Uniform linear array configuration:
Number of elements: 4
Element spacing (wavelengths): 1
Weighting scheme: hann
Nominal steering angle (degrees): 0
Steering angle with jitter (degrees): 1.1
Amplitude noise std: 0.05
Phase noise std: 0.05

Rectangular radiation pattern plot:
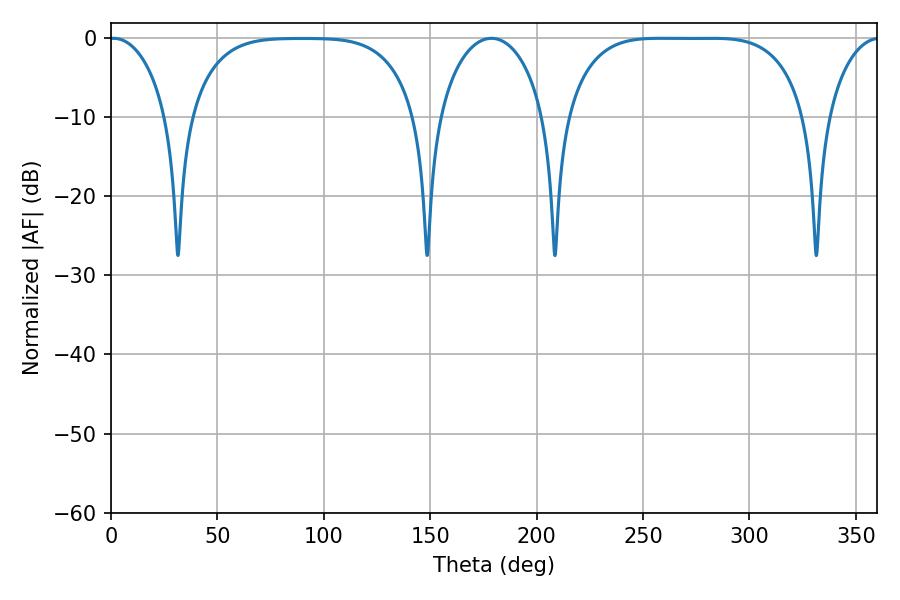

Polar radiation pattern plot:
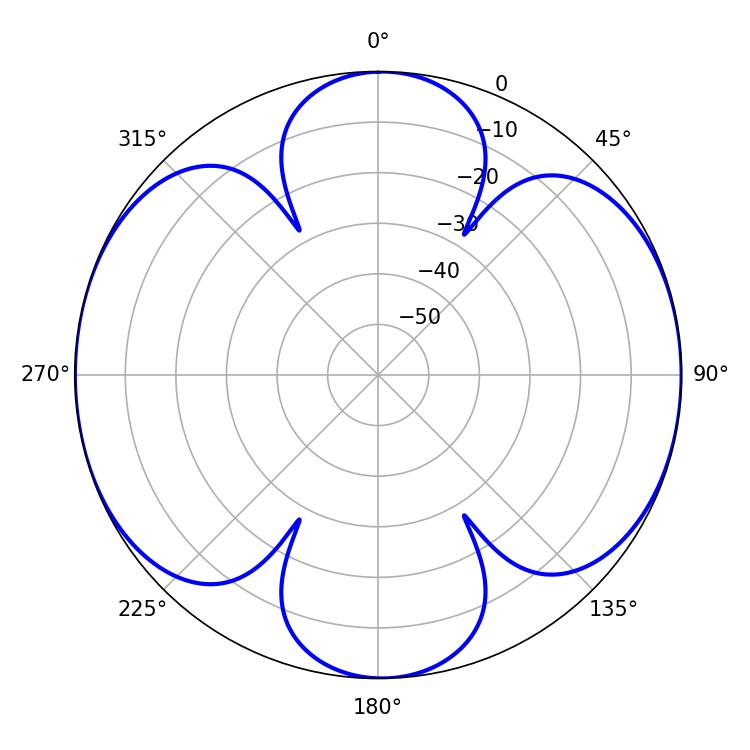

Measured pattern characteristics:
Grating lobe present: TRUE
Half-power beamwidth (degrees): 86.4
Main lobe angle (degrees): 281.88